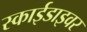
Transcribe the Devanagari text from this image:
स्काईडाइवर